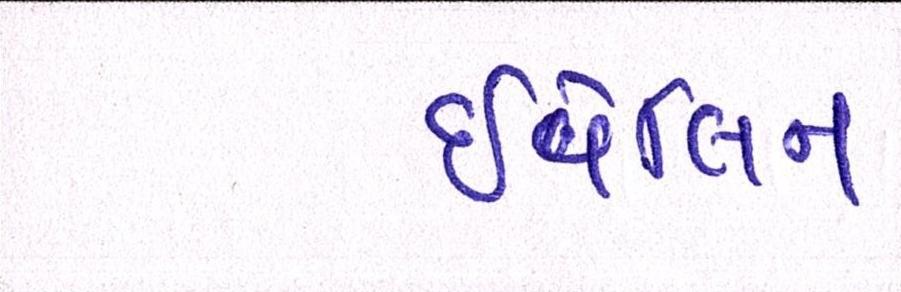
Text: ઇવેલિન